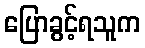
ပြောခွင့်ရသူက